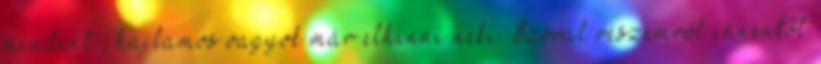
mindent”, hajlamos vagyok már elhinni neki. Szóval részemről innentől